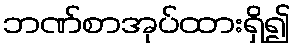
ဘဏ်စာအုပ်ထားရှိ၍